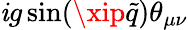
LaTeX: \mathit{i}g\sin(\xip\tilde{{q}})\theta_{\mu\nu}